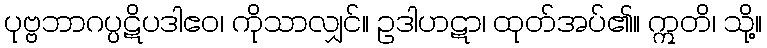
ပုဗ္ဗဘာဂပ္ပဋိပဒါဧဝ၊ ကိုသာလျှင်။ ဥဒါဟဋာ၊ ထုတ်အပ်၏။ ဣတိ၊ သို့။